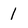
Character: 1